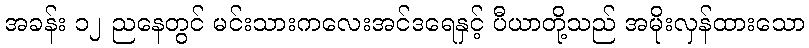
အခန်း ၁၂ ညနေတွင် မင်းသားကလေးအင်ဒရေနှင့် ပီယာတို့သည် အမိုးလှန်ထားသော